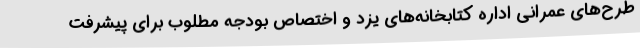
طرح‌های عمرانی اداره کتابخانه‌های یزد و اختصاص بودجه مطلوب برای پیشرفت